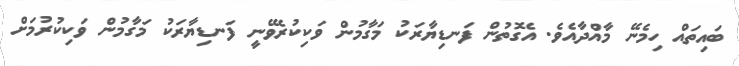
ބައިތައް ހިމެނޭ މާއްދާއެވެ. އެގޮތުން ފަނޑިޔާރަކު މަގާމުން ވަކިކުރެވޭނީ ފަނޑިޔާރަކު މަގާމުން ވަކިކުރުމަށް